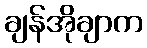
ချန်အိုချာက